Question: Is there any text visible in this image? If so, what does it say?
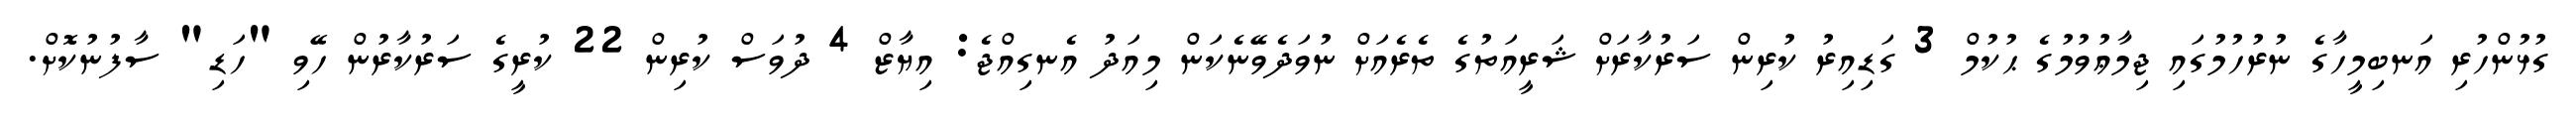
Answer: ގުޅުންހުރި އަނބިމީހާގެ ނުރުހުމުގައި ޖިމާޢުވުމުގެ ޙުކުމް 3 ގަޑިއިރު ކުރިން ސަރުކާރަށް ޝަރީއަތުގެ ތެރެއަށް ނުވަދެވޭނެކަން މިއަދު އެނގިއްޖެ: އިޔާޒް 4 ދުވަސް ކުރިން 22 ކުރީގެ ސަރުކާރުން ހޭވި "ހަޑި" ސާފުނުކޮށް.